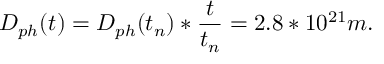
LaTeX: D _ { p h } ( t ) = D _ { p h } ( t _ { n } ) * \frac { t } { t _ { n } } = 2 . 8 * 1 0 ^ { 2 1 } m .